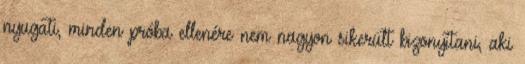
nyugati, minden próba ellenére nem nagyon sikerült bizonyítani, aki